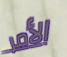
الأمر